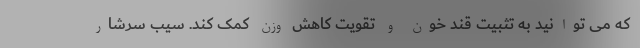
که می توانید به تثبیت قند خون و تقویت کاهش وزن کمک کند. سیب سرشار